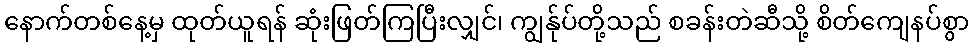
နောက်တစ်နေ့မှ ထုတ်ယူရန် ဆုံးဖြတ်ကြပြီးလျှင်၊ ကျွန်ုပ်တို့သည် စခန်းတဲဆီသို့ စိတ်ကျေနပ်စွာ